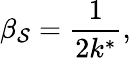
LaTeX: \beta_{\mathcal{S}}=\frac{{1}}{{2k^{*}}},